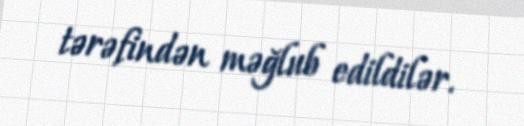
tərəfindən məğlub edildilər.